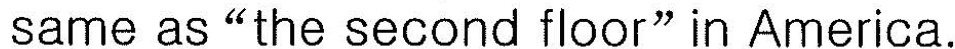
same as"the second floor"in America.